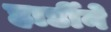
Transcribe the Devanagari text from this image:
हार्डीने